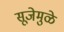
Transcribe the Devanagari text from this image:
सूजेमुळे